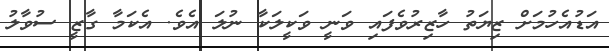
އަޑުއެހުމަށް ޒިޔަތު ހާޒިރުވެފައި ވަނީ ވަކީލަކާ ނުލަ އެވެ. އެކަމާ ގާޒީ ސުވާލު